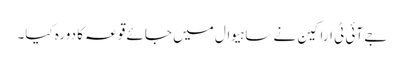
جے آئی ٹی اراکین نے ساہیوال میں جائے قوعہ کا دورہ کیا۔